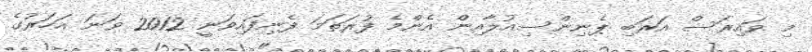
މި ވައިރަސް އަރަބި ޕެނިންސިއުލާއިން އެންމެ ފުރަތަމަ ފެނިފައިވަނީ 2012 ވަނަ އަހަރުގެ